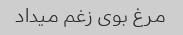
مرغ بوی زغم میداد